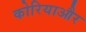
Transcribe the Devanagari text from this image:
कोरियाऔर